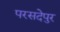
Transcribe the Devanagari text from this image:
परसदेपुर